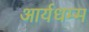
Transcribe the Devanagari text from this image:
आर्यधम्म